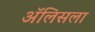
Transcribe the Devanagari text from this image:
ॲलिसला